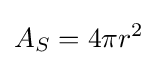
A_{S}=4\pi r^{2}